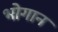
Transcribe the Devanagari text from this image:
भोगान